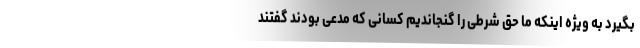
بگیرد به ویژه اینکه ما حق شرطی را گنجاندیم کسانی که مدعی بودند گفتند